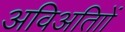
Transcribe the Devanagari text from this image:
अविअतािों